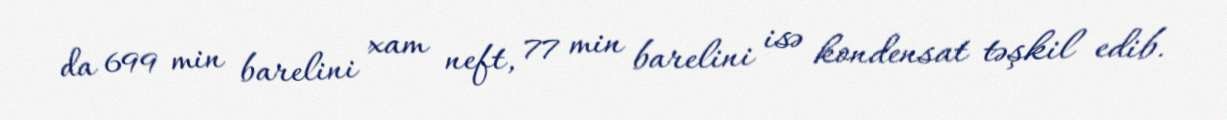
da 699 min barelini xam neft, 77 min barelini isə kondensat təşkil edib.